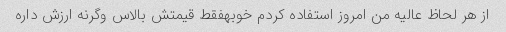
از هر لحاظ عالیه من امروز استفاده کردم خوبهفقط قیمتش بالاس وگرنه ارزش داره